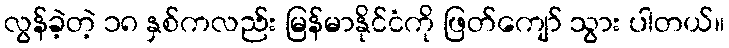
လွန်ခဲ့တဲ့ ၁၈ နှစ်ကလည်း မြန်မာနိုင်ငံကို ဖြတ်ကျော် သွား ပါတယ်။